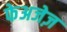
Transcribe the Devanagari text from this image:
फेअजेज़